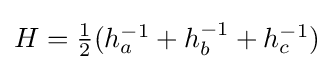
\textstyle H={\tfrac {1}{2}}(h_{a}^{-1}+h_{b}^{-1}+h_{c}^{-1})